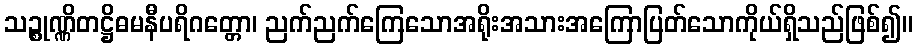
သဉ္စုဏ္ဏိတဋ္ဌိဓမနီပရိဂတ္တော၊ ညက်ညက်ကြေသောအရိုးအသားအကြောပြတ်သောကိုယ်ရှိသည်ဖြစ်၍။